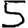
Digit: 5